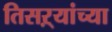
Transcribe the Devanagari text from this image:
तिसऱ्यांच्या